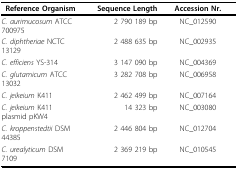
| Reference Organism | Sequence Length | Accession Nr. |
 | --- | --- | --- |
 | C. aurimucosum ATCC 700975 | 2 790 189 bp | NC_012590 |
 | C. diphtheriae NCTC 13129 | 2 488 635 bp | NC_002935 |
 | C. efficiens YS-314 | 3 147 090 bp | NC_004369 |
 | C. glutamicum ATCC 13032 | 3 282 708 bp | NC_006958 |
 | C. jeikeium K411 | 2 462 499 bp | NC_007164 |
 | C. jeikeium K411 plasmid pKW4 | 14 323 bp | NC_003080 |
 | C. kroppenstedtii DSM 44385 | 2 446 804 bp | NC_012704 |
 | C. urealyticum DSM 7109 | 2 369 219 bp | NC_010545 |